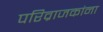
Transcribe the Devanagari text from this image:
परिव्राजकांना